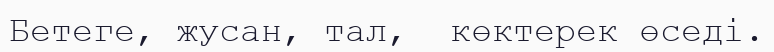
Бетеге, жусан, тал,  көктерек өседі.